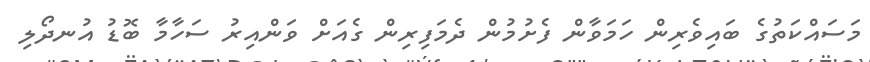
މަސައްކަތުގެ ބައިވެރިން ހަމަވާން ފެށުމުން ދެމަފިރިން ގެއަށް ވަންއިރު ސަހާމާ ބޮޑު އުނދޯލި